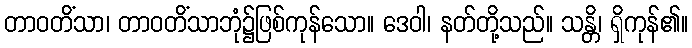
တာဝတိံသာ၊ တာဝတိံသာဘုံ၌ဖြစ်ကုန်သော။ ဒေဝါ၊ နတ်တို့သည်။ သန္တိ၊ ရှိကုန်၏။